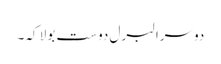
دوسرا لبرل دوست بولا کہ۔